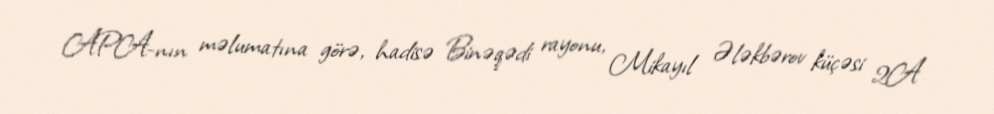
APA-nın məlumatına görə, hadisə Binəqədi rayonu, Mikayıl Ələkbərov küçəsi 2A